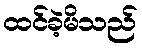
ထင်ခဲ့မိသည်